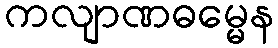
ကလျာဏဓမ္မေန